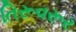
તિરૂવરૂર